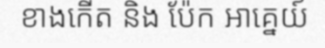
ខាងកើត និង ប៉ែក អាគ្នេយ៍